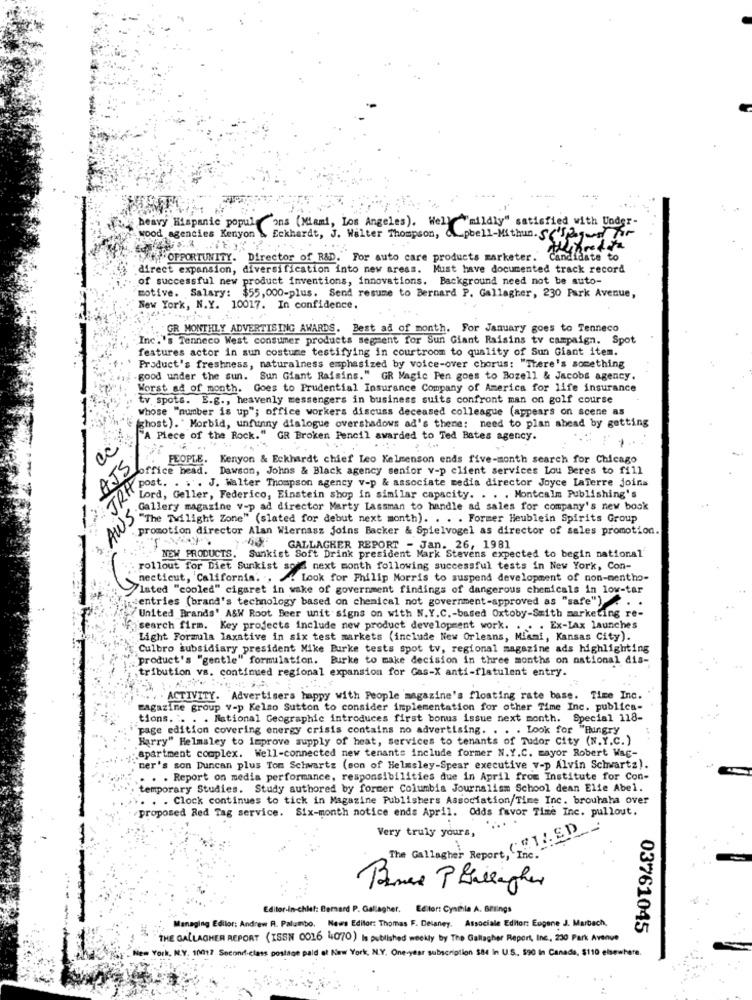
heavy Hispanic popul Cons (Miami, Los Angeles). Well "mildly" satisfied with Under-
wood agencies Kenyon
Eckhardt, J. Walter Thompson,
pbell-Mithun.S(~
.+OPPORTUNITY. Director of R&D. For auto care products marketer. Candidate to
direct expansion, diversification into new areas. Must have documented track record
of successful new product inventions, innovations. Background need not be auto-
motive. Salary:
$55,000-plus. Send resume to Bernard P. Gallagher, 230 Park Avenue,
New York, N.Y. 10017. In confidence.
GR MONTHLY ADVERTISING AWARDS. Best ad of month. For January goes to Tenneco
Inc.'s Tenneco West consumer products segment for Sun Giant Raisins tv campaign. Spot
features actor in sun costume testifying in courtroom to quality of Sun Giant item.
Product's freshness, naturalness emphasized by voice-over chorus: "There's something
good under the sun. Sun Giant Raisins." GR Magic Pen goes to Bozell & Jacobs agency.
-
Worst ad of month. Goes to Prudential Insurance Company of America for life insurance
tv spots. E.g ., heavenly messengers in business suits confront man on golf course
Whose "number is up"; office workers discuss deceased colleague (appears on scene as
(ghost). " Morbid, unfunny dialogue overshadows ad's theme: need to plan ahead by getting
"A Piece of the Rock." GR Broken Pencil awarded to Ted Bates agency.
AJS
PEOPLE. Kenyon & Eckhardt chief Leo Kelmenson ends five-month search for Chicago
office head. Dawson, Johns & Black agency senfor v-p client services Lou Beres to fill
JRH
post. . . . J. Walter Thompson agency v-p & associate media director Joyce LaTerre joins
Lord, Geller, Federico, Einstein shop in similar capacity. . . . Montcalm Publishing's
Gallery magazine v-p ad director Marty Lassman to handle ad sales for company's new book
AWS:
)"The Twilight Zone" (slated for debut next month). . . . Former Heublein Spirits Group
promotion director Alan Wiernasz joins Backer & Spielvogel as director of sales promotion.
"4" GALLAGHER REPORT - Jan. 26, 1981
NEW PRODUCTS. Sunkist Soft Drink president Mark Stevens expected to begin national
rollout for Diet Sunkist sold next month following successful tests in New York, Con-
necticut, California. .. . Look for Philip Morris to suspend development of non-mentho-
/Isted "cooled" cigaret in wake of government findings of dangerous chemicals in low-tar
entries (brand's technology based on chemical not government-approved as "safe") .
/United Brands' A&W Root Beer unit signs on with N.Y.C .- based Oxtoby-Smith marketing re-
f. search firm. Key projects include new product development work. . . . Ex-Lax launches
Light Formula laxative in six test markets (include New Orleans, Miami, Kansas City).
Culbro subsidiary president Mike Burke tests spot tv, regional magazine ads highlighting
product's "gentle" formulation. Burke to make decision in three months on national dis-
tribution vs. continued regional expansion for Gas-X anti-flatulent entry.
ACTIVITY. Advertisers happy with People magazine's floating rate base. Time Inc.
magazine group v-p Kelso Sutton to consider implementation for other Time Inc. publica-
tions. . . . National Geographic introduces first bonus issue next month. Special 118-
page edition covering energy crisis contains no advertising. . . . Look for "Hungry
Harry" Helmsley to Improve supply of heat, services to tenants of Tudor City (N.Y.C.)
apartment complex. Well-connected new tenants include former N.Y.C. mayor Robert Wag-
"mer's son Duncan plus Tom Schwartz (son of Helmsley-Spear executive v-p Alvin Schwartz).
. . . Report on media performance, responsibilities due in April from Institute for Con-
temporary Studies. Study authored by former Columbia Journalism School dean Elie Abel.
. . . Clock continues to tick in Magazine Publishers Association/Time Inc. brouhaha over
proposed Red Tag service. Six-month notice ends April. Odds favor Time Inc. pullout.
Very truly yours,
The Gallagher Report, Inc."
Editor-in-chief: Bernard P. Gallagher, Editor: Cynthia A. Brings
Managing Editor: Andrew R. Palumbo, News Editor: Thomas F. Delaney. Associale Editors Engene J. Marbach.
03761045
THE GALLAGHER REPORT (ISSN 0016 4070) Is published weekly by The Gallagher Report, Inc ., 230 Park Avenue
New York, N.Y. 10017 Second-class postage paid of New York, N.Y. One-year subscription $84 in U.S. $90 in Canada, $110 elsewhere